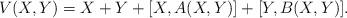
LaTeX: \begin{align*}V(X,Y)=X+Y+[X,A(X,Y)]+[Y,B(X,Y)].\end{align*}